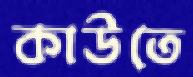
কাউতে